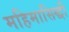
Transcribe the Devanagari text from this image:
महिमासिद्धी